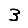
Digit: 3